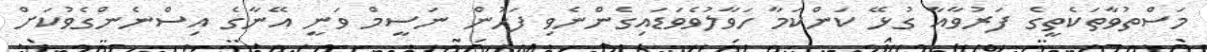
މަސްތުވާތަކެތީގެ ފަރުވާއާ ގުޅޭ ކަންކަމާ ހަވާލުވެވަަޑައިގެންނެވި ފަހުން ނަސީމް ވަނީ އޭނާގެ އިސްނެންގެވުކަށް